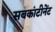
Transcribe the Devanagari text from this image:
सबकांटीनेंट